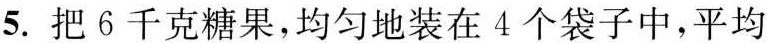
5.把6千克糖果，均匀地装在4个袋子中，平均